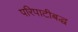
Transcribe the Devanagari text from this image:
परिपाटीबद्ध